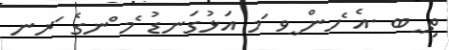
ތި ީބ .އެ ެހން ީވ ަމ އަޅުގަނޑު ެމ ްނގެ ަރނ